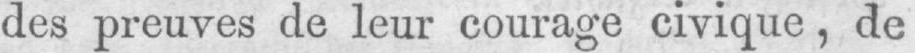
des preuves de leur courage civique, de